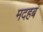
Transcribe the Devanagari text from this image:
मदहब